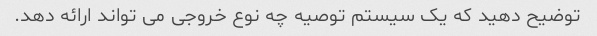
توضیح دهید که یک سیستم توصیه چه نوع خروجی می تواند ارائه دهد.